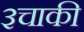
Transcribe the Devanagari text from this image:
३चाकी